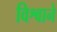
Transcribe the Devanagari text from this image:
विश्वाने